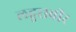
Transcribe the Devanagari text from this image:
लहुराबीर